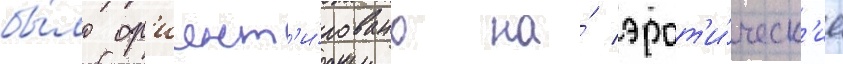
бы́ло ор'иент'и́ровано на́ эрот'и́ческ'ие